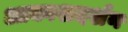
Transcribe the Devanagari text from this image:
आकाशदर्शन